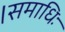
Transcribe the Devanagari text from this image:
।समाधिः